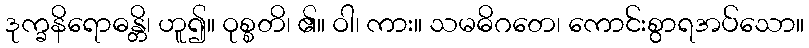
ဒုက္ခနိရောဓန္တိ၊ ဟူ၍။ ဝုစ္စတိ၊ ၏။ ဝါ၊ ကား။ သမဓိဂတေ၊ ကောင်းစွာရအပ်သော။